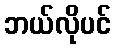
ဘယ်လိုပင်